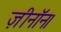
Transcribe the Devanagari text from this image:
ज़ीनॉन।